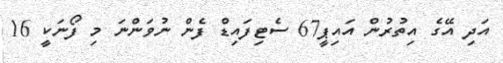
އަދި އޭގެ އިތުރުން އައިޕީ67 ސެޓިފައިޑް ފެން ނުވަންނަ މި ފޯނަކީ 16